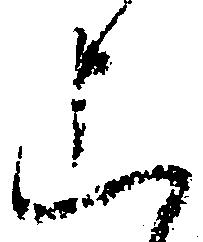
上